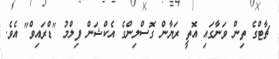
ޗާޓްގެ ތިން ވަނާގައި އޮތީ ރަޔާން ގޮސްލިންގެ އެކްޝަން ފިލްމު "ޑްރައިވް" އެވެ.